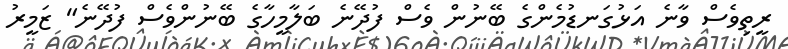
ރީތިވެސް ވާނެ އަޅުގަނޑުމެންގެ ބޭނުން ވެސް ފުދޭނެ ބަލާމީހާގެ ބޭނުންވެސް ފުދޭނެ" ޒަމީރު